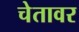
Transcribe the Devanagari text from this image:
चेतावर